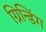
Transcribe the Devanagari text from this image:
ग्रिन्डिंग